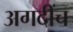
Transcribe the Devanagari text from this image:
अगदींच